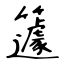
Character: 籧